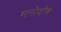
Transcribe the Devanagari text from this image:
मनोदोष